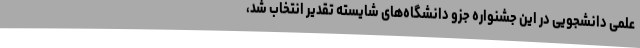
علمی دانشجویی در این جشنواره جزو دانشگاه‌های شایسته تقدیر انتخاب شد،